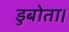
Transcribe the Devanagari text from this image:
डुबोता।